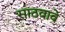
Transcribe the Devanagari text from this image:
साठवावे